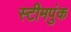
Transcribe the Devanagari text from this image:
स्टीमपुंक